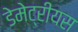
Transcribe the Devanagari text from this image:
डेमेट्रीयस